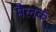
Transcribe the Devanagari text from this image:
मैलक